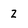
Character: 2